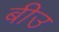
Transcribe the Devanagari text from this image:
बीउ